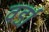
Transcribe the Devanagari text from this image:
वर्डा